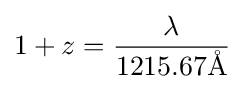
1+z={\frac {\lambda }{1215.67\mathrm {\mbox{\AA} } }}